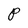
Character: P